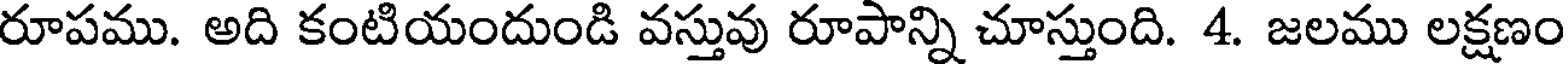
రూపము. అది కంటియందుండి వస్తువు రూపాన్ని చూస్తుంది. 4. జలము లక్షణం